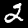
Digit: 2